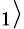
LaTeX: _{1}\rangle